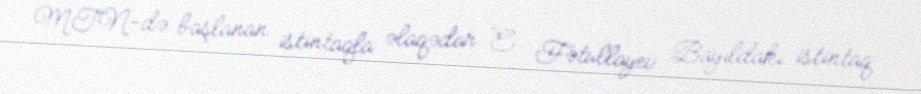
MTN-də başlanan istintaqla əlaqədar E. Fətullayev Bayıldakı istintaq